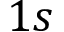
1 s